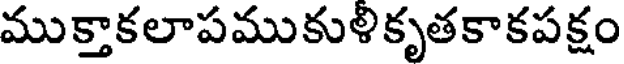
ముక్తాకలాపముకుళికృతకాకపక్షం